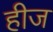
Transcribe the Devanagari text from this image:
हीज